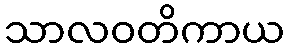
သာလဝတိကာယ